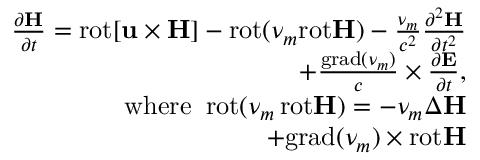
\begin{array} { r } { \frac { \partial { \bf H } } { \partial t } = \mathrm { r o t } { \bf [ u \times H ] } - \mathrm { r o t } ( \nu _ { m } \mathrm { r o t } { \bf H } ) - \frac { \nu _ { m } } { c ^ { 2 } } \frac { \partial ^ { 2 } { \bf H } } { \partial t ^ { 2 } } \qquad \qquad } \\ { + \frac { \mathrm { g r a d } ( \nu _ { m } ) } { c } \times \frac { \partial { \bf E } } { \partial t } , \qquad \qquad } \\ { { { \mathrm { w h e r e } } } \; \; \mathrm { r o t } ( \nu _ { m } \, \mathrm { r o t } { \bf H } ) = - \nu _ { m } \Delta { \bf H } \qquad \qquad } \\ { + \mathrm { g r a d } ( \nu _ { m } ) \times \mathrm { r o t } { \bf H } \qquad \qquad } \end{array}